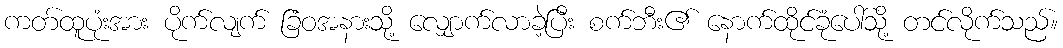
ကတ်ထူပုံးအား ပိုက်လျက် ခြံဝအနားသို့ လျှောက်လာခဲ့ပြီး စက်ဘီး၏ နောက်ထိုင်ခုံပေါ်သို့ တင်လိုက်သည်။